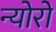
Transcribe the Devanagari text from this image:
न्योरो